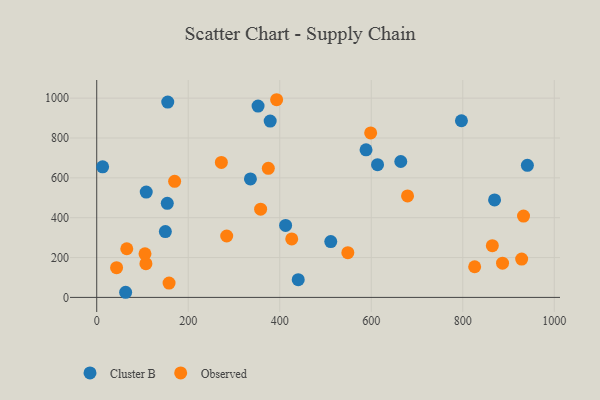
{"axis": {"x": "Experience", "y": "Demand"}, "legend": ["Cluster B", "Observed"], "data": [{"x": "154.2", "y": 472.0, "type": "Cluster B"}, {"x": "12.9", "y": 655.3, "type": "Cluster B"}, {"x": "613.7", "y": 665.9, "type": "Cluster B"}, {"x": "335.9", "y": 594.6, "type": "Cluster B"}, {"x": "869.5", "y": 489.0, "type": "Cluster B"}, {"x": "108.2", "y": 528.5, "type": "Cluster B"}, {"x": "664.5", "y": 682.0, "type": "Cluster B"}, {"x": "63.2", "y": 25.7, "type": "Cluster B"}, {"x": "440.4", "y": 88.8, "type": "Cluster B"}, {"x": "797.1", "y": 886.5, "type": "Cluster B"}, {"x": "511.5", "y": 280.2, "type": "Cluster B"}, {"x": "155.2", "y": 980.4, "type": "Cluster B"}, {"x": "379.1", "y": 884.8, "type": "Cluster B"}, {"x": "352.6", "y": 960.4, "type": "Cluster B"}, {"x": "412.8", "y": 361.0, "type": "Cluster B"}, {"x": "588.6", "y": 740.7, "type": "Cluster B"}, {"x": "150.0", "y": 330.4, "type": "Cluster B"}, {"x": "941.2", "y": 662.8, "type": "Cluster B"}, {"x": "170.3", "y": 582.8, "type": "Observed"}, {"x": "598.7", "y": 825.3, "type": "Observed"}, {"x": "375.0", "y": 647.9, "type": "Observed"}, {"x": "548.8", "y": 224.7, "type": "Observed"}, {"x": "284.1", "y": 308.2, "type": "Observed"}, {"x": "272.4", "y": 677.5, "type": "Observed"}, {"x": "426.2", "y": 293.5, "type": "Observed"}, {"x": "928.7", "y": 192.2, "type": "Observed"}, {"x": "932.8", "y": 408.1, "type": "Observed"}, {"x": "393.2", "y": 992.1, "type": "Observed"}, {"x": "864.6", "y": 259.8, "type": "Observed"}, {"x": "886.9", "y": 171.6, "type": "Observed"}, {"x": "826.0", "y": 153.7, "type": "Observed"}, {"x": "107.5", "y": 169.2, "type": "Observed"}, {"x": "65.7", "y": 244.1, "type": "Observed"}, {"x": "43.4", "y": 149.4, "type": "Observed"}, {"x": "105.5", "y": 218.9, "type": "Observed"}, {"x": "358.2", "y": 442.7, "type": "Observed"}, {"x": "158.1", "y": 72.1, "type": "Observed"}, {"x": "679.3", "y": 509.2, "type": "Observed"}]}